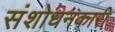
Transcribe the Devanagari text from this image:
संशोधनकारी